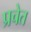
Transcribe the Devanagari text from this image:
प्रचेत